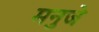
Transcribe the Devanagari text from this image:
मनुजे